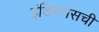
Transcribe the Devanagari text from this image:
इंडियनसची